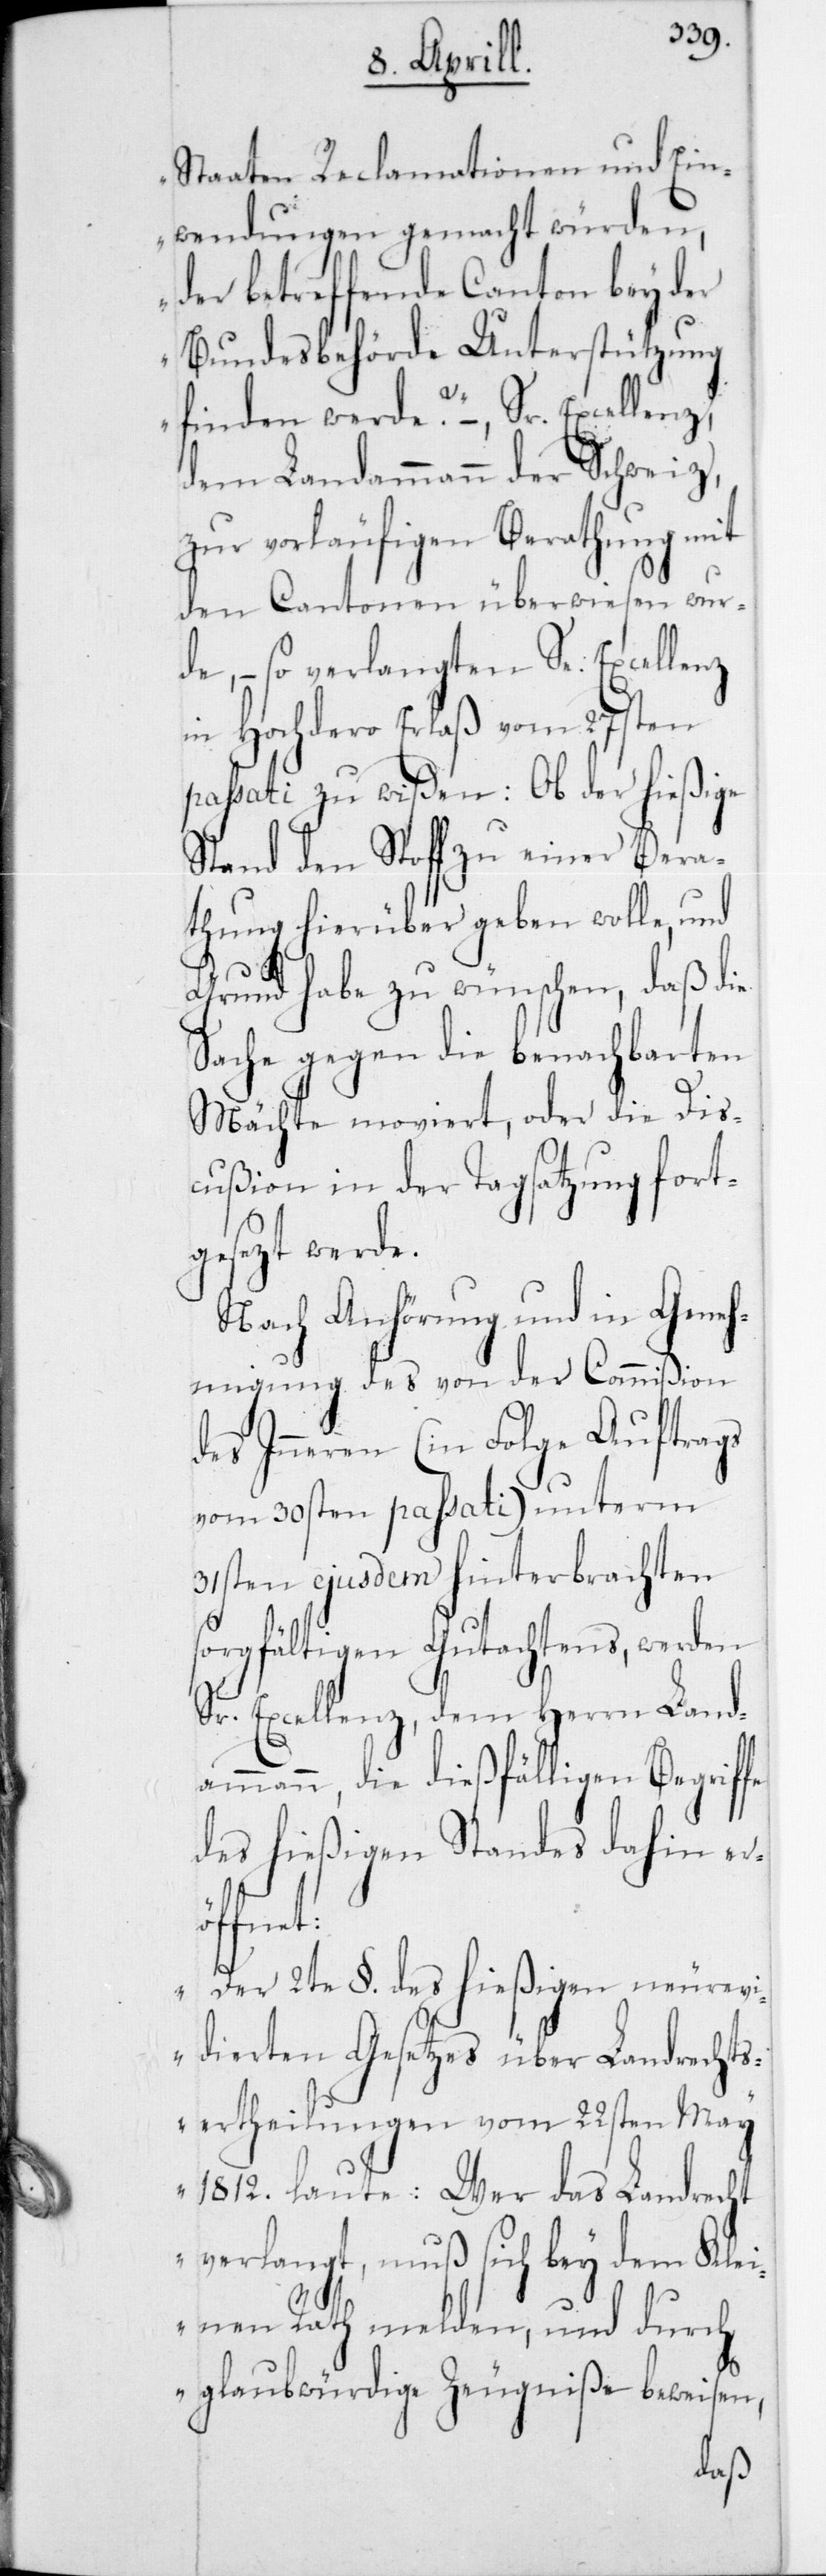
Staaten Reclamationen und Ein¬
wendungen gemacht würden,
der betreffende Canton bey der
Bundesbehörde Unterstützung
finden werde?“ – Sr. Excellenz
dem Landammann der Schweiz,
zur vorläufigen Berathung mit
den Cantonen überwiesen wur¬
de, – so verlangten Se. Excellenz
in Hochdero Erlaß vom 27sten
passati zu wißen: Ob der hießige
Stand den Stoff zu einer Bera¬
thung hierüber geben wolle, und
Grund habe zu wünschen, daß die
Sache gegen die benachbarten
Mächte moviert, oder die Dis¬
cußion in der Tagsatzung fort¬
gesezt werde.
Nach Anhörung und in Geneh¬
migung des von der Commißion
des Inneren (in Folge Auftrags
vom 30sten passati) unterm
31sten ejusdem hinterbrachten
sorgfältigen Gutachtens, werden
Sr. Excellenz, dem Herrn Landa¬
mmann, die dießfälligen Begrif¬
des hießigen Standes dahin er¬
öffnet:
„Der 2te § des hießigen neurevi¬
dierten Gesetzes über Landrechts¬
ertheilungen vom 22sten May
1812 laute: „Wer das Landrecht
verlangt, muß sich bei dem Klei¬
nen Rath melden, und durch
glaubwürdige Zeugniße beweisen,